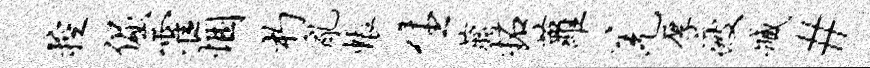
控倔霍悃杓乱帐生蒋拓萝羌厚疲臧#